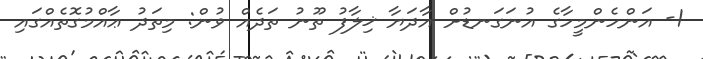
1- އަންހެންމީހާގެ އުނަގަނޑުށް އާދަޔާ ޚިލާފު ތޫނު ތަދެއް ވުން: މިތަދު ޢާއްމުގޮތެއްގައި